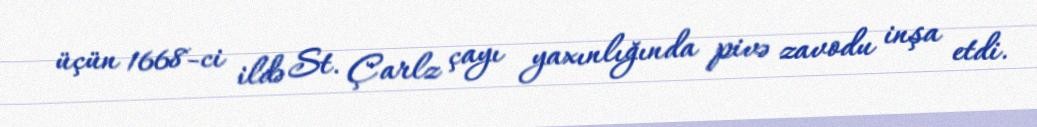
üçün 1668-ci ildə St. Çarlz çayı yaxınlığında pivə zavodu inşa etdi.